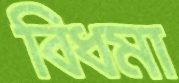
বিধমা